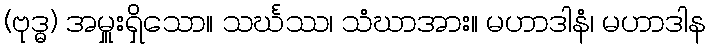
(ဗုဒ္ဓ) အမှူးရှိသော။ သင်္ဃဿ၊ သံဃာအား။ မဟာဒါနံ၊ မဟာဒါန